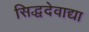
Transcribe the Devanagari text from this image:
सिद्धदेवाद्या